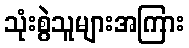
သုံးစွဲသူများအကြား